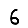
Digit: 6